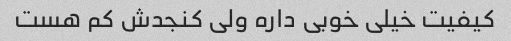
کیفیت خیلی خوبی داره ولی کنجدش کم هست